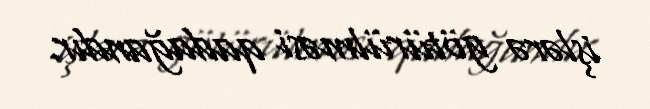
işlərə götürülməsi qadağandır.